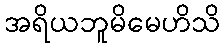
အရိယဘူမိမေဟိသိ